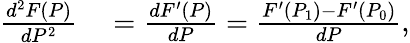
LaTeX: \begin{array}{rl}{{\frac{d^{2}F(P)}{dP^{2}}}}&{{}={\frac{dF^{\prime}(P)}{dP}}={\frac{F^{\prime}(P_{1})-F^{\prime}(P_{0})}{dP}},}\end{array}